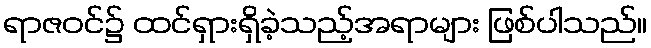
ရာဇဝင်၌ ထင်ရှားရှိခဲ့သည့်အရာများ ဖြစ်ပါသည်။